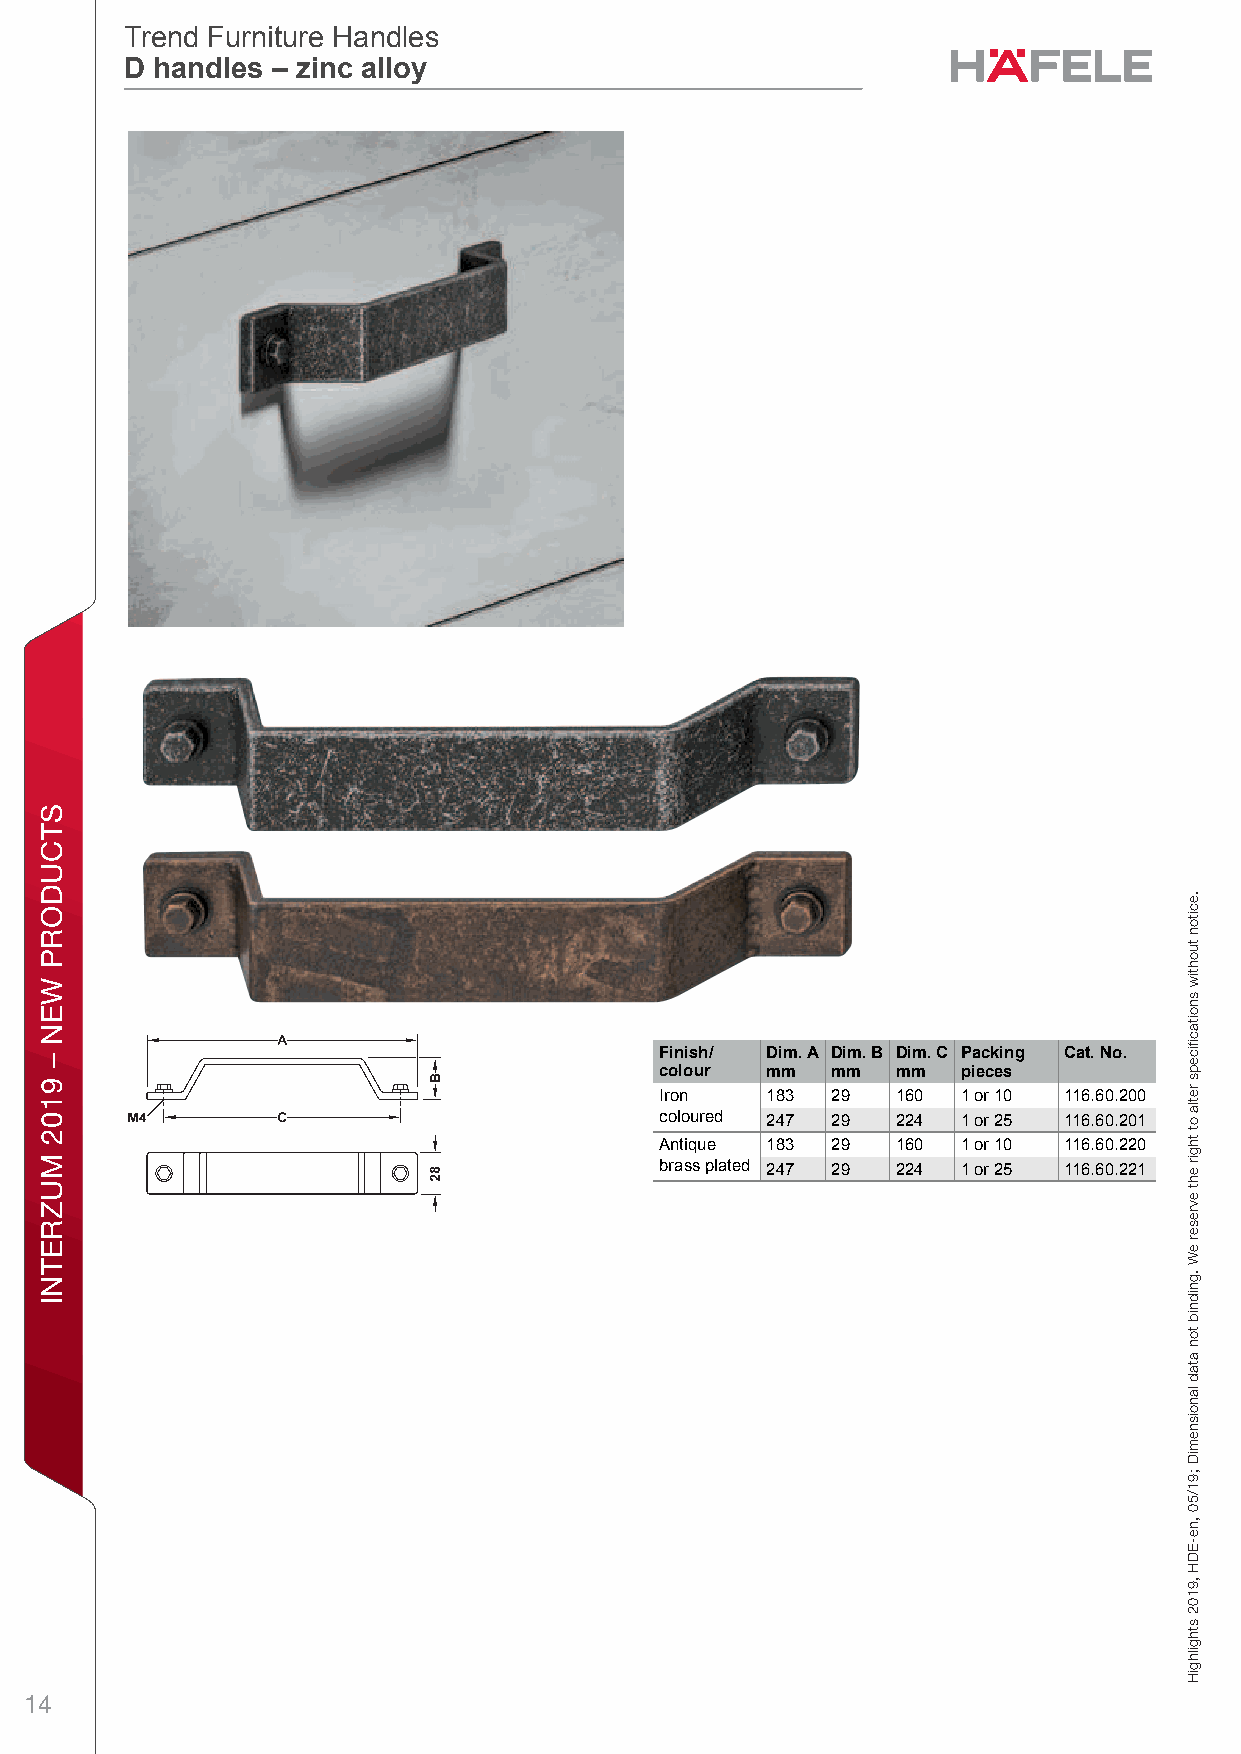
Trend Furniture Handles
 Trend Furniture Handles
 D handles – zinc alloy
 D handles – zinc alloy
 Trend Furniture HandlesTrend Furniture HandlesD handles – zinc alloy – / Planning and ConstructionDimensional data not binding. We reserve the right to alter specifications without notice.
 1
 Finish/ Dim. A Dim. B Dim. C Packing Cat. No.
 colour mm  mm  mm   pieces
 Iron   183 29  160  1 or 10 116.60.200
 coloured 247 29 224 1 or 25 116.60.201
 Antique 183 29 160  1 or 10 116.60.220
 brass plated 247 29 224 1 or 25 116.60.221
 14
 STCUDORP
 WEN
 –
 9102
 MUZRETNI
 seldnaH
 erutinruF
 dnerT
 .eciton
 tuohtiw
 snoitacfiiceps
 retla
 ot
 thgir
 eht
 evreser
 eW
 .gnidnib
 ton
 atad
 lanoisnemiD
 ;91/50
 ,ne-EDH
 ,9102
 sthgilhgiH